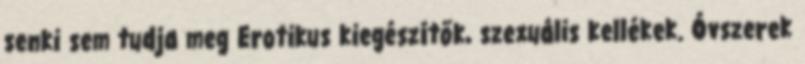
senki sem tudja meg Erotikus kiegészítők, szexuális kellékek. Óvszerek